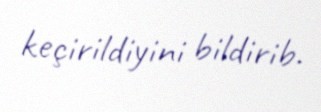
keçirildiyini bildirib.